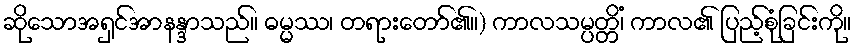
ဆိုသောအရှင်အာနန္ဒာသည်။ ဓမ္မဿ၊ တရားတော်၏။) ကာလသမ္ပတ္တိံ၊ ကာလ၏ ပြည့်စုံခြင်းကို။